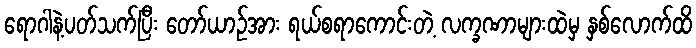
ရောဂါနဲ့ပတ်သက်ပြီး တော်ယာဉ်အား ရယ်စရာကောင်းတဲ့ လက္ခဏာများထဲမှ နှစ်လောက်ထိ